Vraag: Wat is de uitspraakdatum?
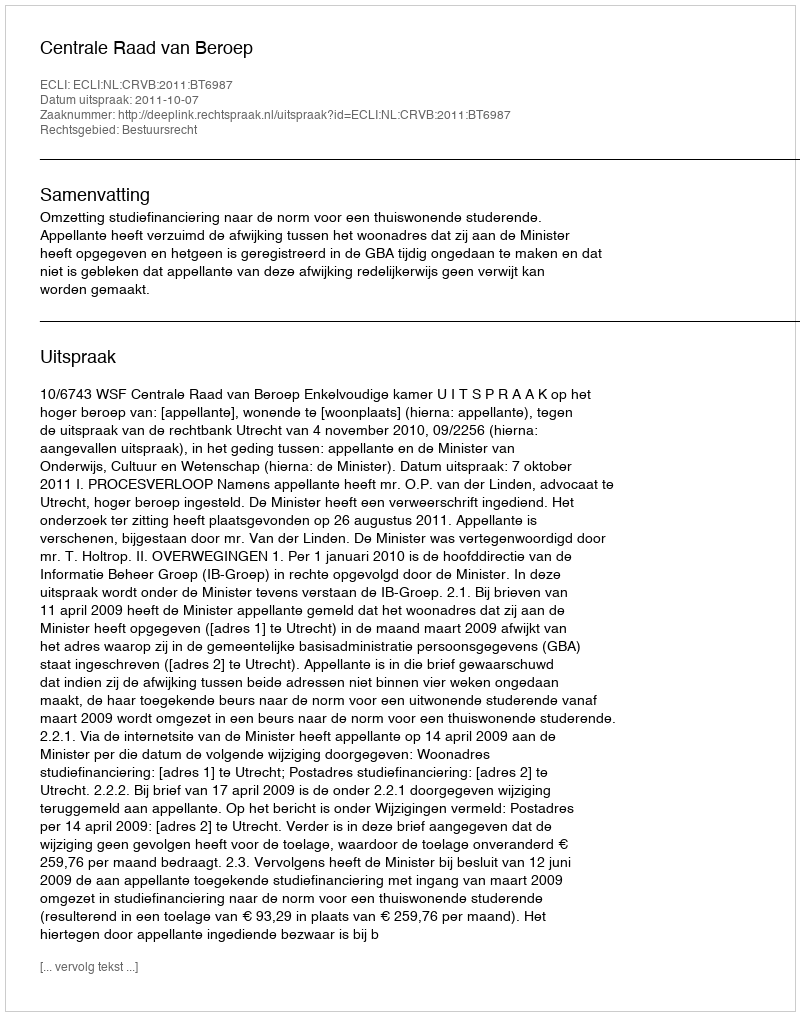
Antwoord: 2011-10-07